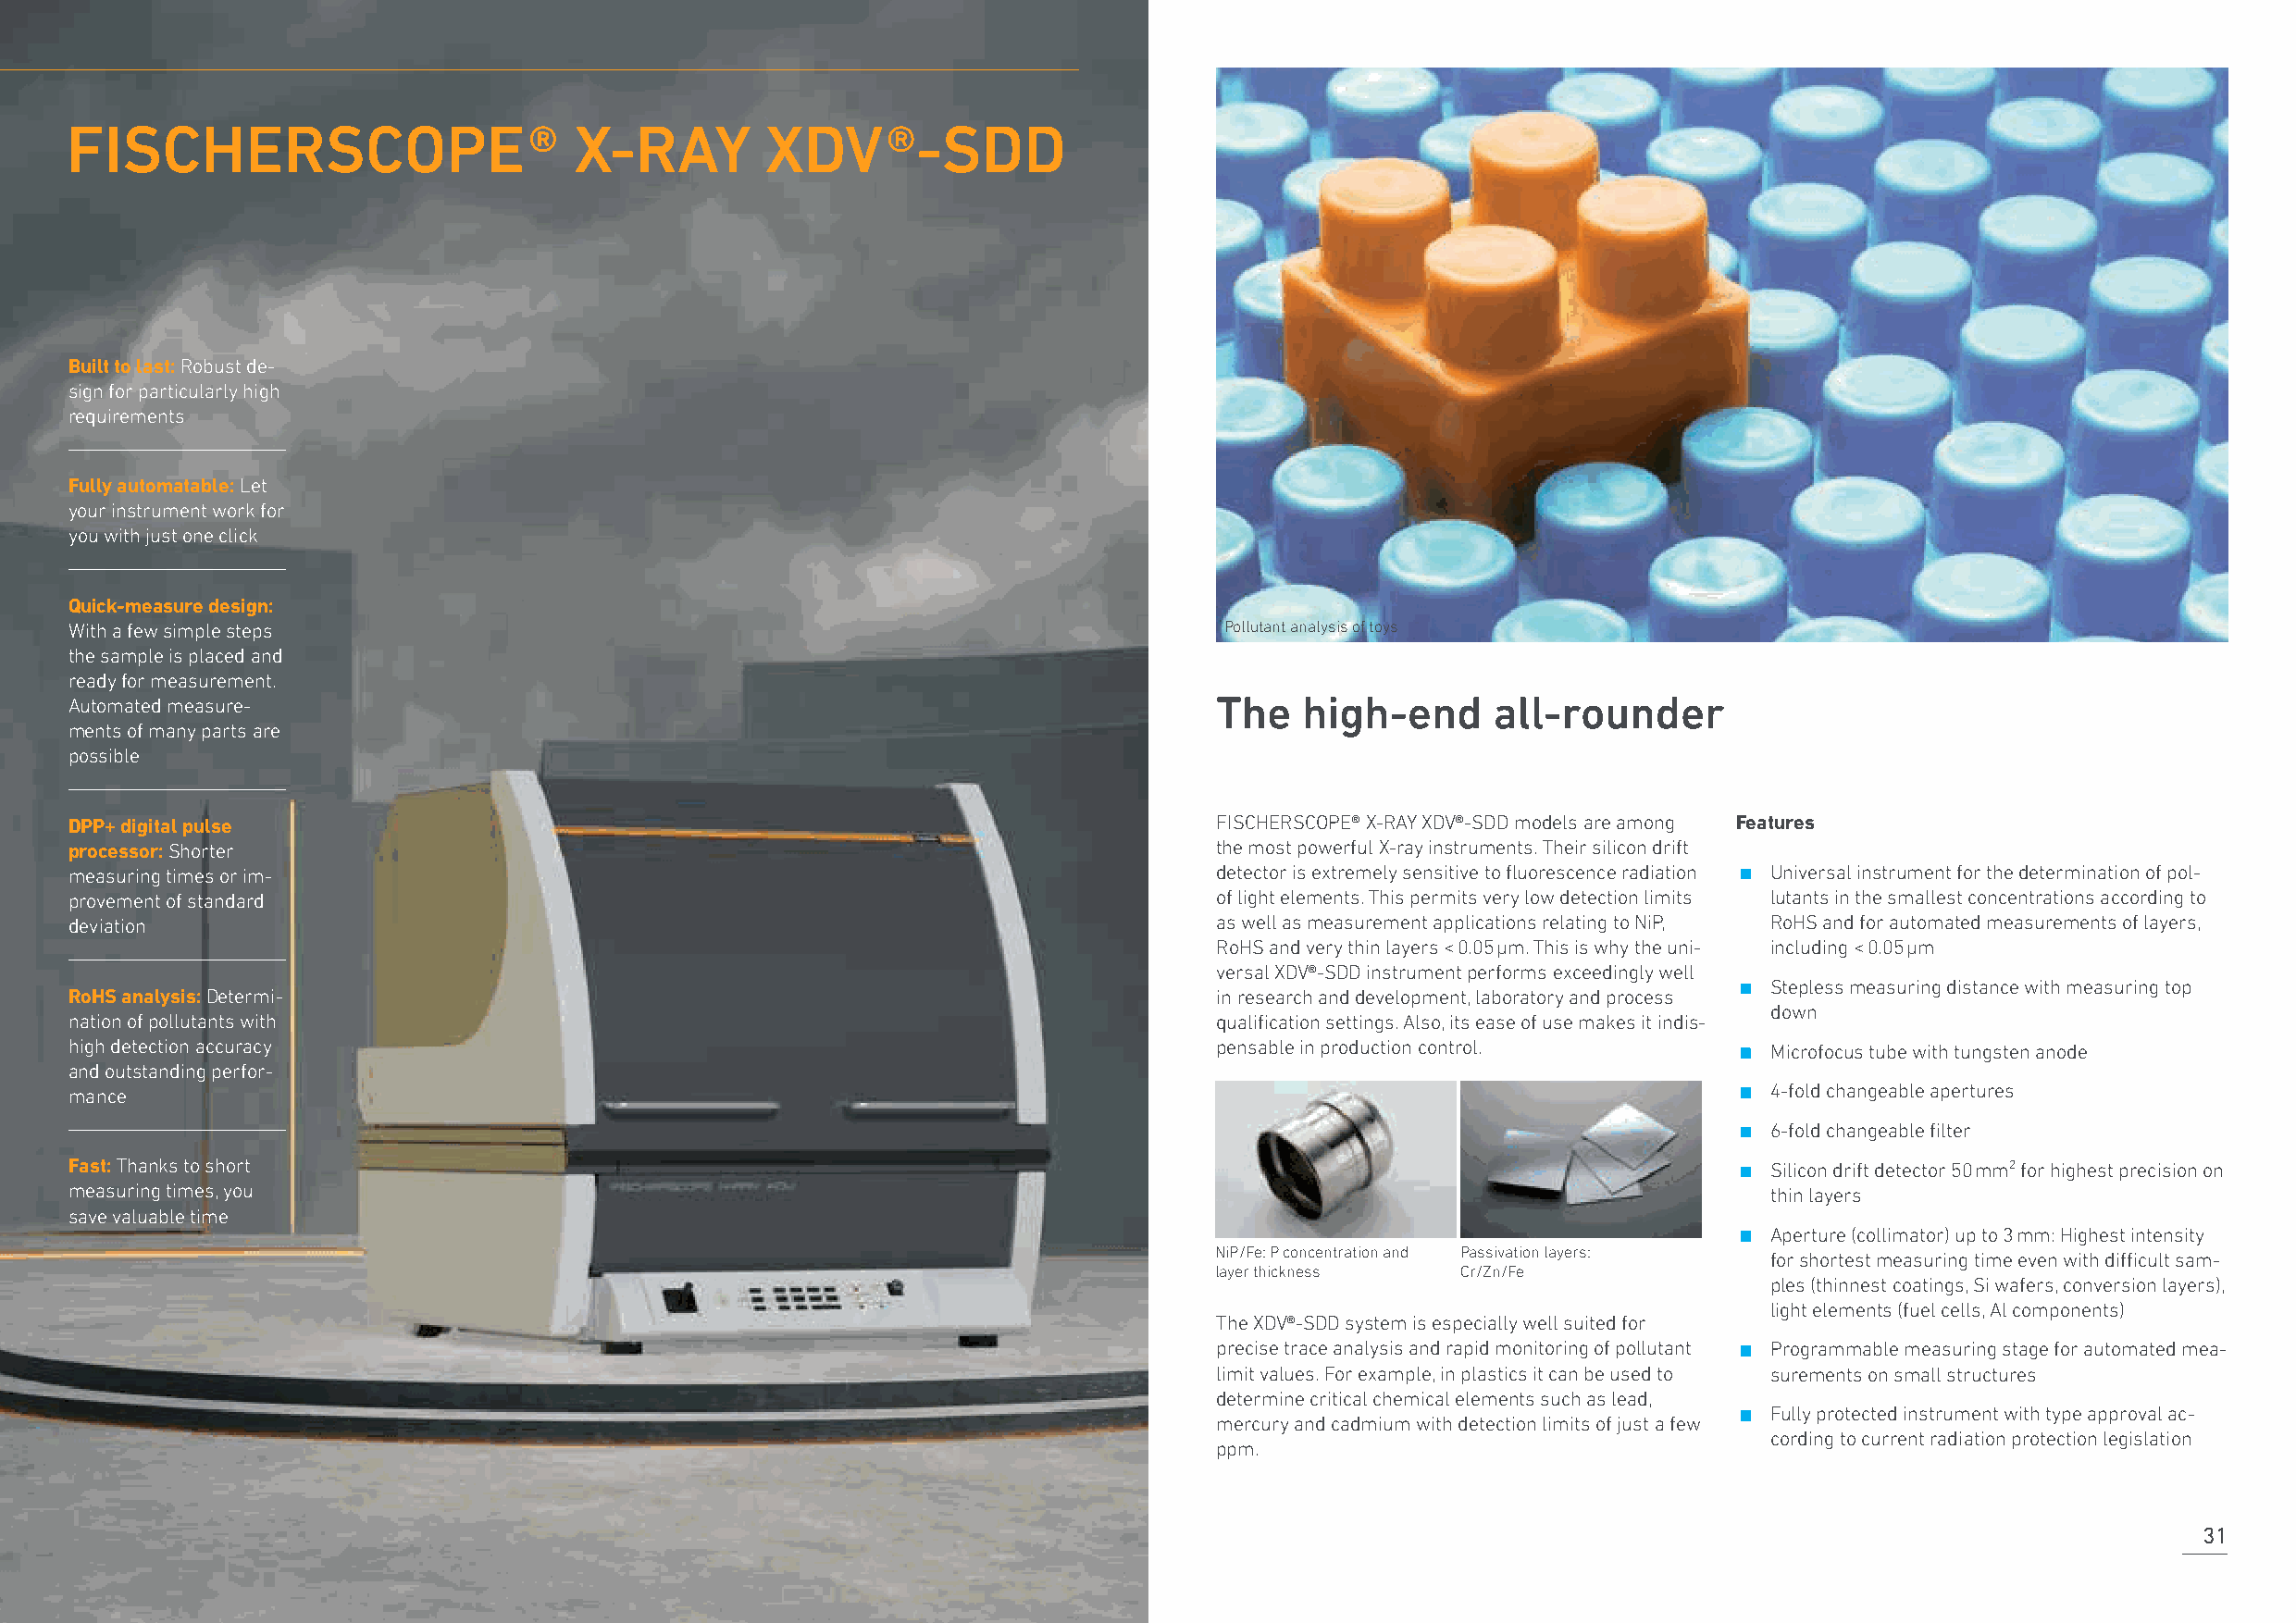
FISCHERSCOPE                     ®  X-RAY         XDV     ®-SDD
 Built to last: Robust de-
 sign for particularly high
 requirements
 Fully automatable: Let
 your instrument work for
 you with just one click
 Quick-measure design:
 With a few simple steps                                                            Pollutant analysis of toys
 the sample is placed and
 ready for measurement.
 Automated measure-                                                                The   high-end      all-rounder
 ments of many parts are
 possible
 DPP+ digital pulse                                                                FISCHERSCOPE® X-RAY XDV®-SDD models are among Features
 processor: Shorter                                                                the most powerful X-ray instruments. Their silicon drift ∙
 measuring times or im-                                                            detector is extremely sensitive to fluorescence radiation Universal instrument for the determination of pol-
 provement of standard                                                             of light elements. This permits very low detection limits lutants in the smallest concentrations according to
 deviation                                                                         as well as measurement applications relating to NiP, RoHS and for automated measurements of layers,
 RoHS and very thin layers < 0.05 µm. This is why the uni- including < 0.05 µm
 ∙
 versal XDV®-SDD instrument performs exceedingly well
 Stepless measuring distance with measuring top
 RoHS analysis: Determi-                                                           in research and development, laboratory and process
 down
 nation of pollutants with                                                         qualification settings. Also, its ease of use makes it indis- ∙
 high detection accuracy                                                           pensable in production control.         Microfocus tube with tungsten anode
 ∙
 and outstanding perfor-
 mance                                                                                                                     4-fold changeable apertures
 ∙
 6-fold changeable filter
 ∙
 Fast: Thanks to short                                                                                                     Silicon drift detector 50 mm² for highest precision on
 measuring times, you                                                                                                      thin layers
 ∙
 save valuable time
 Aperture (collimator) up to 3 mm: Highest intensity
 NiP/Fe: P concentration and Passivation layers:
 for shortest measuring time even with difficult sam-
 layer thickness  Cr/Zn/Fe
 ples (thinnest coatings, Si wafers, conversion layers),
 light elements (fuel cells, Al components)
 The XDV®-SDD system is especially well suited for ∙
 precise trace analysis and rapid monitoring of pollutant Programmable measuring stage for automated mea-
 limit values. For example, in plastics it can be used to surements on small structures
 ∙
 determine critical chemical elements such as lead,
 Fully protected instrument with type approval ac-
 mercury and cadmium with detection limits of just a few
 cording to current radiation protection legislation
 ppm.
 31